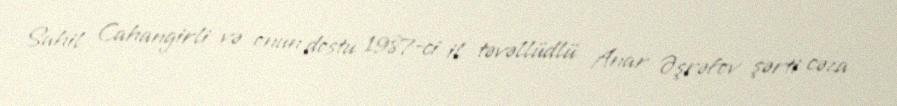
Sahil Cahangirli və onun dostu 1987-ci il təvəllüdlü Anar Əşrəfov şərti cəza